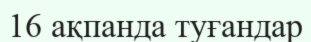
16 ақпанда туғандар